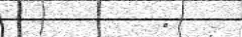
"  :